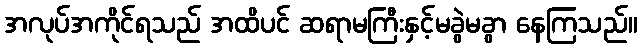
အလုပ်အကိုင်ရသည် အထိပင် ဆရာမကြီးနှင့်မခွဲမခွာ နေကြသည်။